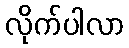
လိုက်ပါလာ